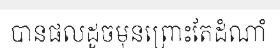
បានផលដូចមុនព្រោះតែដំណាំ